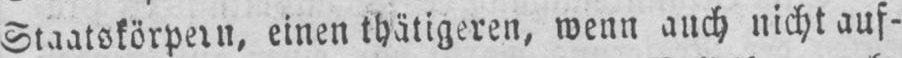
Staatskörpern, einen thätigeren, wenn auch nicht auf-